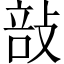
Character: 㪗